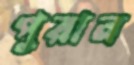
পুরান